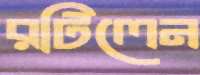
রটিলেন